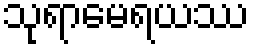
သုရာမေရယဿ